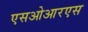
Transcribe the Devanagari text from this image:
एसओआरएस